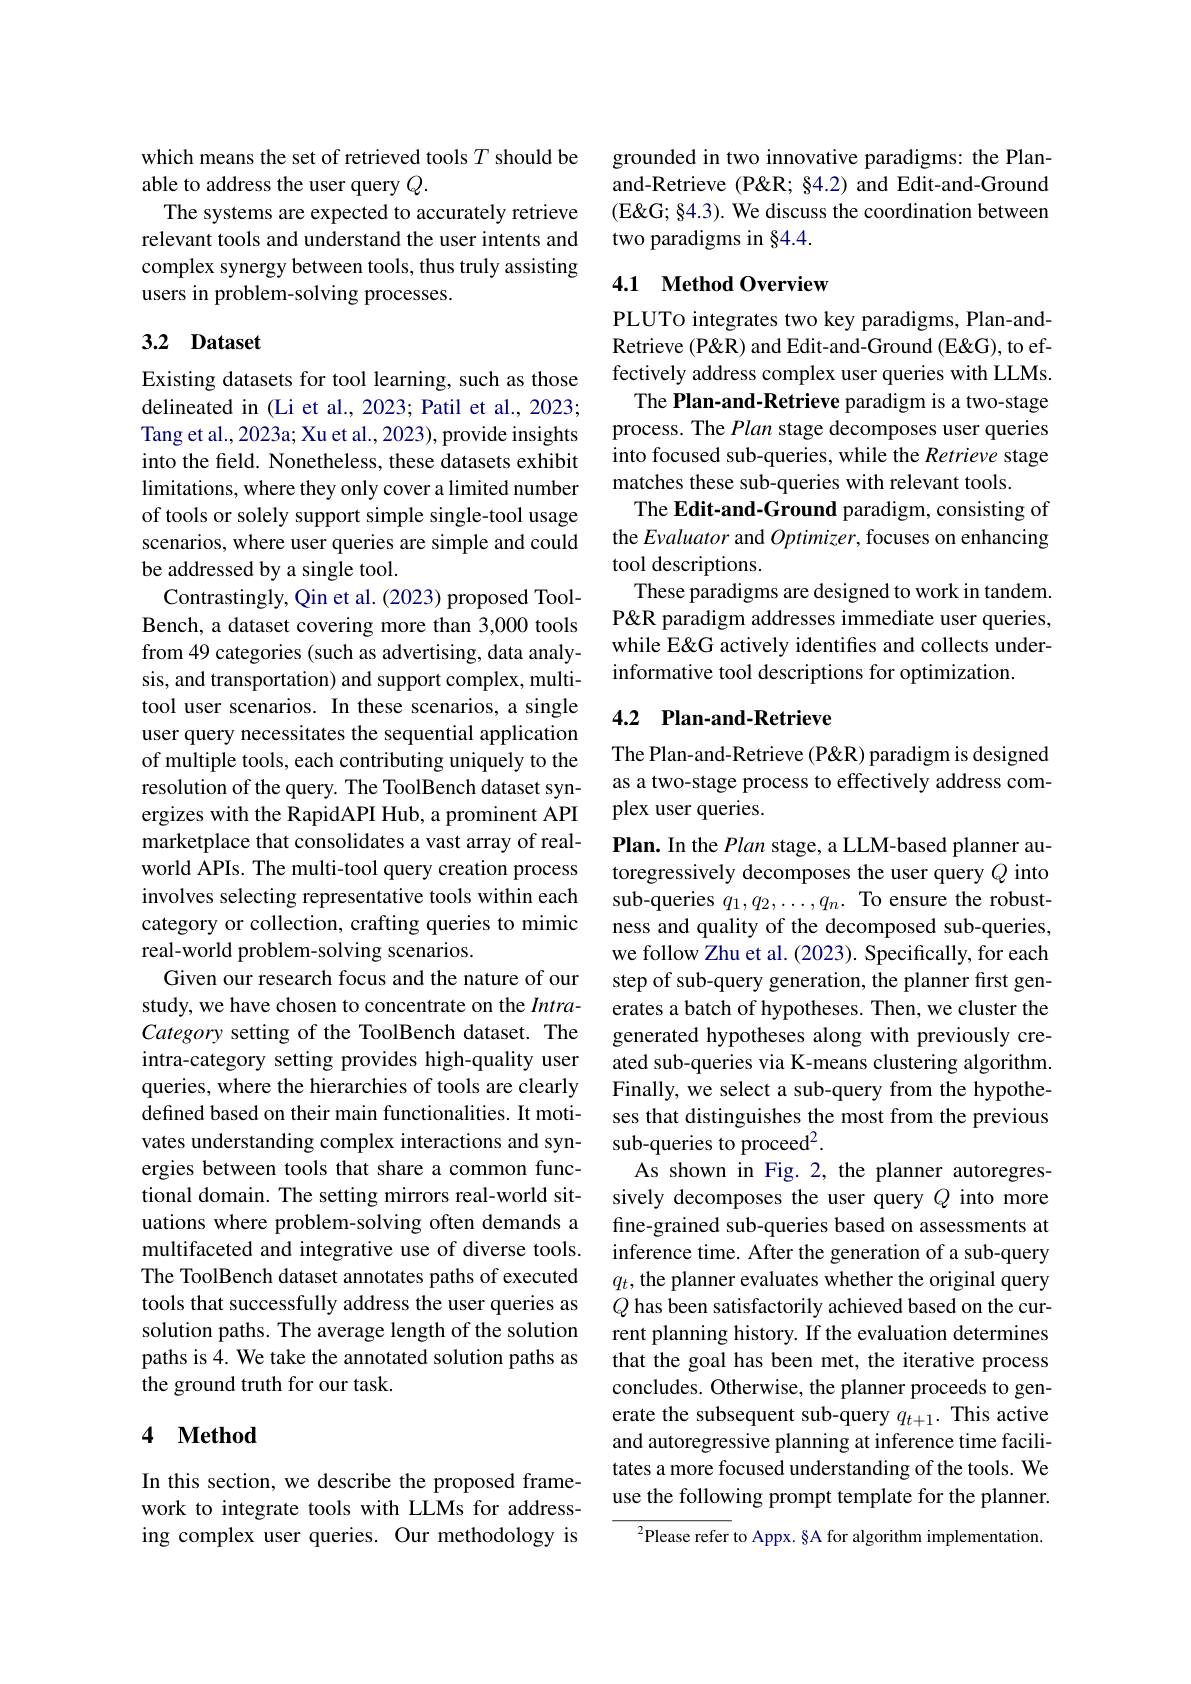
which means the set of retrieved tools $T$ should be
able to address the user query $Q.$
The systems are expected to accurately retrieve relevant tools and understand the user intents and complex synergy between tools, thus truly assisting users in problem-solving processes.

## 3.2 Dataset

Existing datasets for tool learning, such as those delineated in (Li et al., 2023; Patil et al., 2023; Tang et al., 2023a; Xu et al., 2023), provide insights into the field. Nonetheless, these datasets exhibit limitations, where they only cover a limited number of tools or solely support simple single-tool usage scenarios, where user queries are simple and could be addressed by a single tool.
Contrastingly, Qin et al. (2023) proposed ToolBench, a dataset covering more than 3,000 tools from 49 categories (such as advertising, data analysis, and transportation) and support complex, multitool user scenarios. In these scenarios, a single user query necessitates the sequential application of multiple tools, each contributing uniquely to the resolution of the query. The ToolBench dataset synergizes with the RapidAPI Hub, a prominent API marketplace that consolidates a vast array of realworld APIs. The multi-tool query creation process involves selecting representative tools within each category or collection, crafting queries to mimic real-world problem-solving scenarios.
Given our research focus and the nature of our study, we have chosen to concentrate on the IntraCategory setting of the ToolBench dataset. The intra-category setting provides high-quality user queries, where the hierarchies of tools are clearly defined based on their main functionalities. It motivates understanding complex interactions and synergies between tools that share a common functional domain. The setting mirrors real-world situations where problem-solving often demands a multifaceted and integrative use of diverse tools. The ToolBench dataset annotates paths of executed tools that successfully address the user queries as solution paths. The average length of the solution paths is 4. We take the annotated solution paths as the ground truth for our task.

### 4 $\textbf{Method}$

In this section, we describe the proposed framework to integrate tools with LLMs for addressing complex user queries. Our methodology is

grounded in two innovative paradigms: the Planand-Retrieve (P&R; §4.2) and Edit-and-Ground (E' §4.3). We discuss the coordination between two paradigms in §4.4.

## 4.1 Method Overview

PLUTo integrates two key paradigms, Plan-andRetrieve (P&R) and Edit-and-Ground (E&G), to effectively address complex user queries with LLMs. The Plan-and-Retrieve paradigm is a two-stage process. The Plan stage decomposes user queries into focused sub-queries, while the Retrieve stage matches these sub-queries with relevant tools.
The Edit-and-Ground paradigm, consisting of the Evaluator and Optimizer, focuses on enhancing tool descriptions.
These paradigms are designed to work in tandem. P&R paradigm addresses immediate user queries, while E&G actively identifies and collects underinformative tool descriptions for optimization.

## 4.2 Plan-and-Retrieve

The Plan-and-Retrieve (P&R) paradigm is designed as a two-stage process to effectively address complex user queries.
Plan. In the Plan stage, a LLM-based planner autoregressively decomposes the user query $Q$ into sub-queries $q_1,q_2,\ldots,q_n.$ To ensure the robustness and quality of the decomposed sub-queries, we follow Zhu et al. (2023). Specifically, for each step of sub-query generation, the planner first generates a batch of hypotheses. Then, we cluster the generated hypotheses along with previously created sub-queries via K-means clustering algorithm. Finally, we select a sub-query from the hypotheses that distinguishes the most from the previous sub-queries to proceed$^2.$
As shown in Fig. 2, the planner autoregressively decomposes the user query $Q$ into more fine-grained sub-queries based on assessments at inference time. After the generation of a sub-query $q_t$, the planner evaluates whether the original query $Q$ has been satisfactorily achieved based on the current planning history. If the evaluation determines that the goal has been met, the iterative process concludes. Otherwise, the planner proceeds to generate the subsequent sub-query $q_{t+1}.$ This active and autoregressive planning at inference time facilitates a more focused understanding of the tools. We use the following prompt template for the planner.
$^{2}$Please refer to Appx. §A for algorithm implementation.